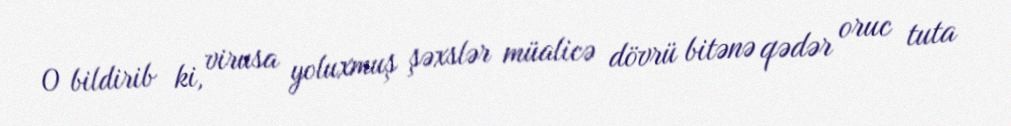
O bildirib ki, virusa yoluxmuş şəxslər müalicə dövrü bitənə qədər oruc tuta